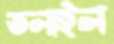
তলাইল